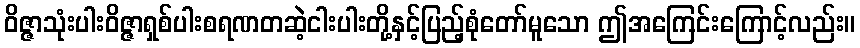
ဝိဇ္ဇာသုံးပါးဝိဇ္ဇာရှစ်ပါးစရဏတဆဲ့ငါးပါးတို့နှင့်ပြည့်စုံတော်မူသော ဤအကြေင်းကြောင့်လည်း။